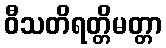
ဝီသတိရတ္တိမတ္တာ